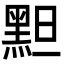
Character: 䵣